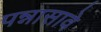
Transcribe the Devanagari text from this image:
पन्नासावे